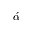
\acute { \alpha }